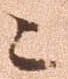
ニ